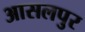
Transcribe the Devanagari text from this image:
आसलपुर